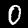
Label: 0